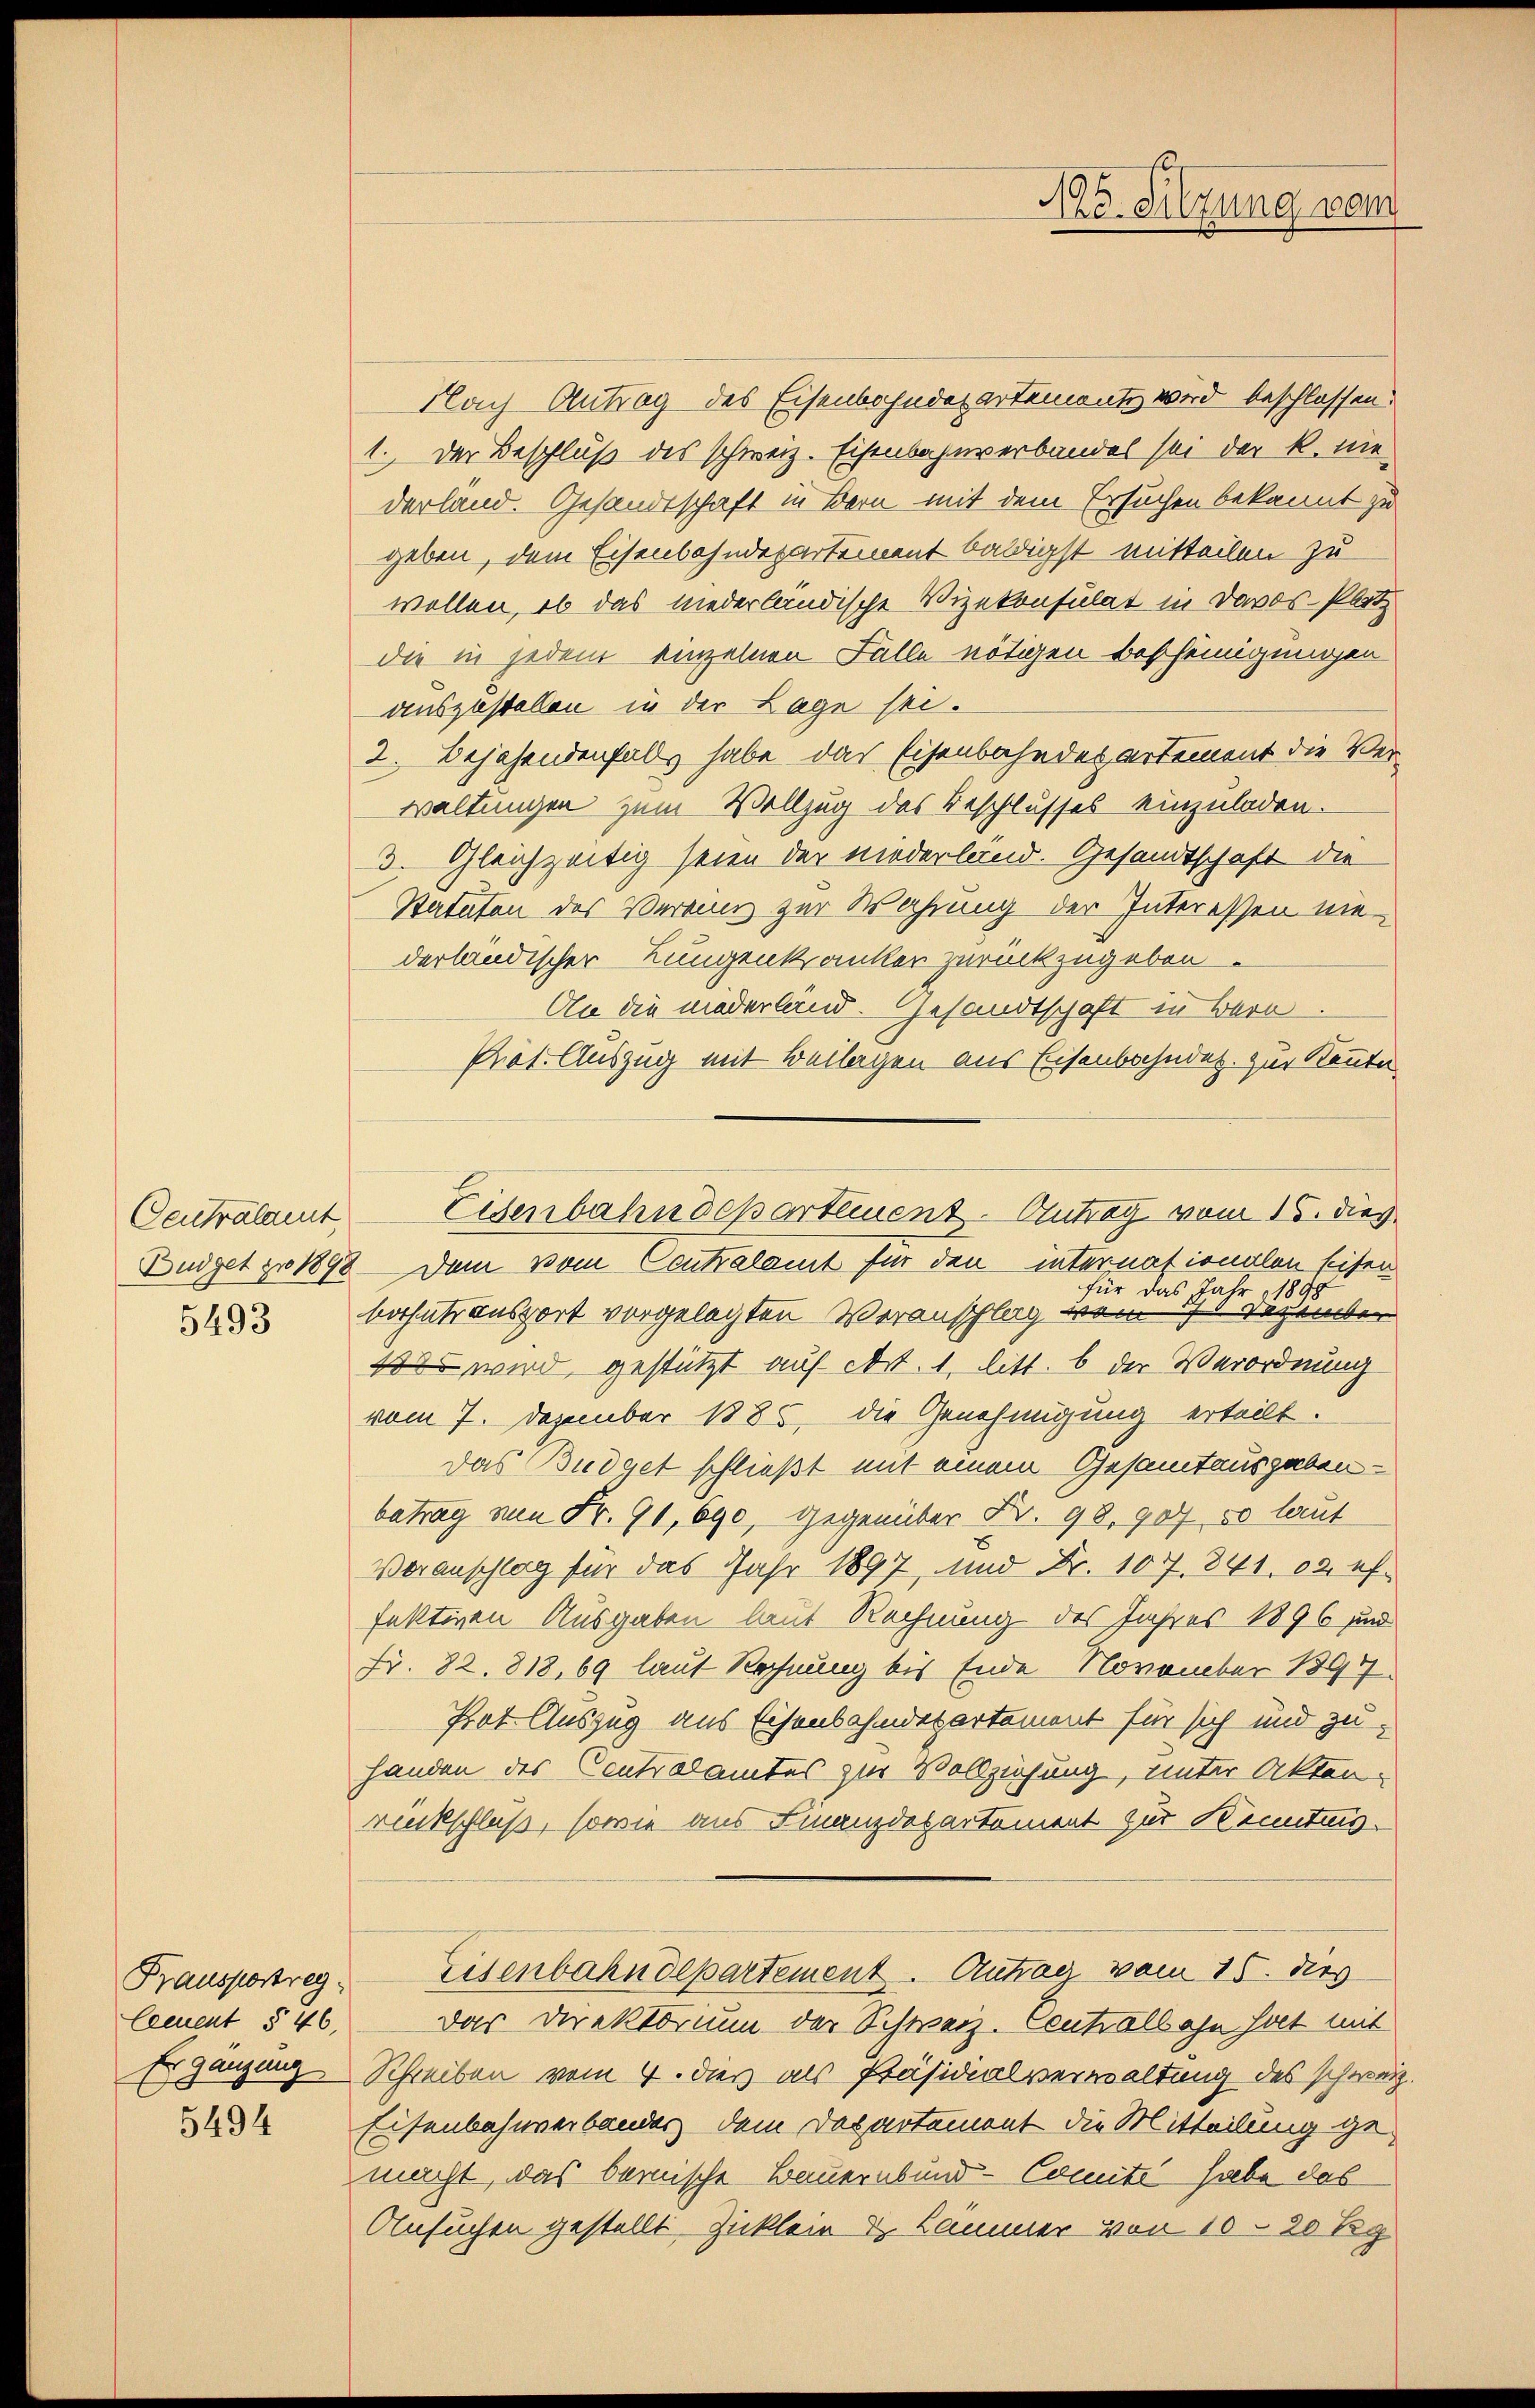
Centralamt
5493

Fransportreg
Excuent § 46.
Er gänzung

5494

Nach Antrag des Eisenbahndepartementz wird beschlossen.
1. Der Beschluß des schweiz. Eisenbahnverbandel sei der k. nie
derland. Gesandtschaft in Bern mit dem Ersuchen bekannt zu
geben, dem Eisenbahndepartement baldigst mitteilen zu
wollen, ob das niederländische Vizekonsulat in Davos- Platz
die in jedem einzelnen Falle nötigen Bescheinigungen
auszustellen in der Lage sei.
2. Bejahendenfalls habe das Eisenbahndepartement die Verwaltungen zum Vollzug des Beschlusses einzuladen.
3. Gleichzeitig seien der niederländ. Gesandtschaft die
Statuten des Vereins zur Wahrung der Interessen niederländischer Lungenkranker zurückzugeben.
An die niederland. Gesandtschaft in Bern
Prät. Auszug mit Beilagen aus Eisenbahndet. Zur Kennte
Büdget zu 1898 dem vom Contralamt für den internationalen seisen
für das Jahr 1878
bothatsansport vorgelegten Veranschlag vom ihr regenden
10 wird gestützt auf cert. 1. litt. b der Verordnung
vom 7. Dezember 1885, die Genehmigung erteilt.
Das Budget schließt mit einem Gesamtausgaben-
betrag von Fr. 90, 690, gegenüber Fr. 98. 907, 50 laut
Voranschlag für das Jahr 1897, und Fr. 107. 841. 02 effektiven Ausgaben laut Rechnung des Jahres 1896 und
Fr. 82. 818, 69 laut Rechnung bis Ende November 1897
Pot. Auszug aus Eisenbahndepartement für sich und zu
Handen des Contralamtes zur Vollziehung, unter Aktenrückschluß, sowie aus Finanzdepartement zur Kenntnis.
Eisenbahndepartement. Antrag vom 15. dies
Das Direktorium der Schweiz. Centralbahn hat mit
Schreiben vom 4. dies als Präsidialverwaltung des schweiz.
Eisenbahnverbander dem Departement die Mitteilung gemacht, das bemische Bauernbund-Comite habe das
Ansuchen gestellt. Zicklein & Lämmer von 10 - 20 g

Ahe. Sitzung vom

Eisenbahndepartement. Antrag vom 15. dies